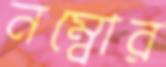
নম্বোর